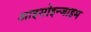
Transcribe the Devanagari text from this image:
आइसोइन्जाइम